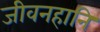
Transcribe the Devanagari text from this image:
जीवनहानि